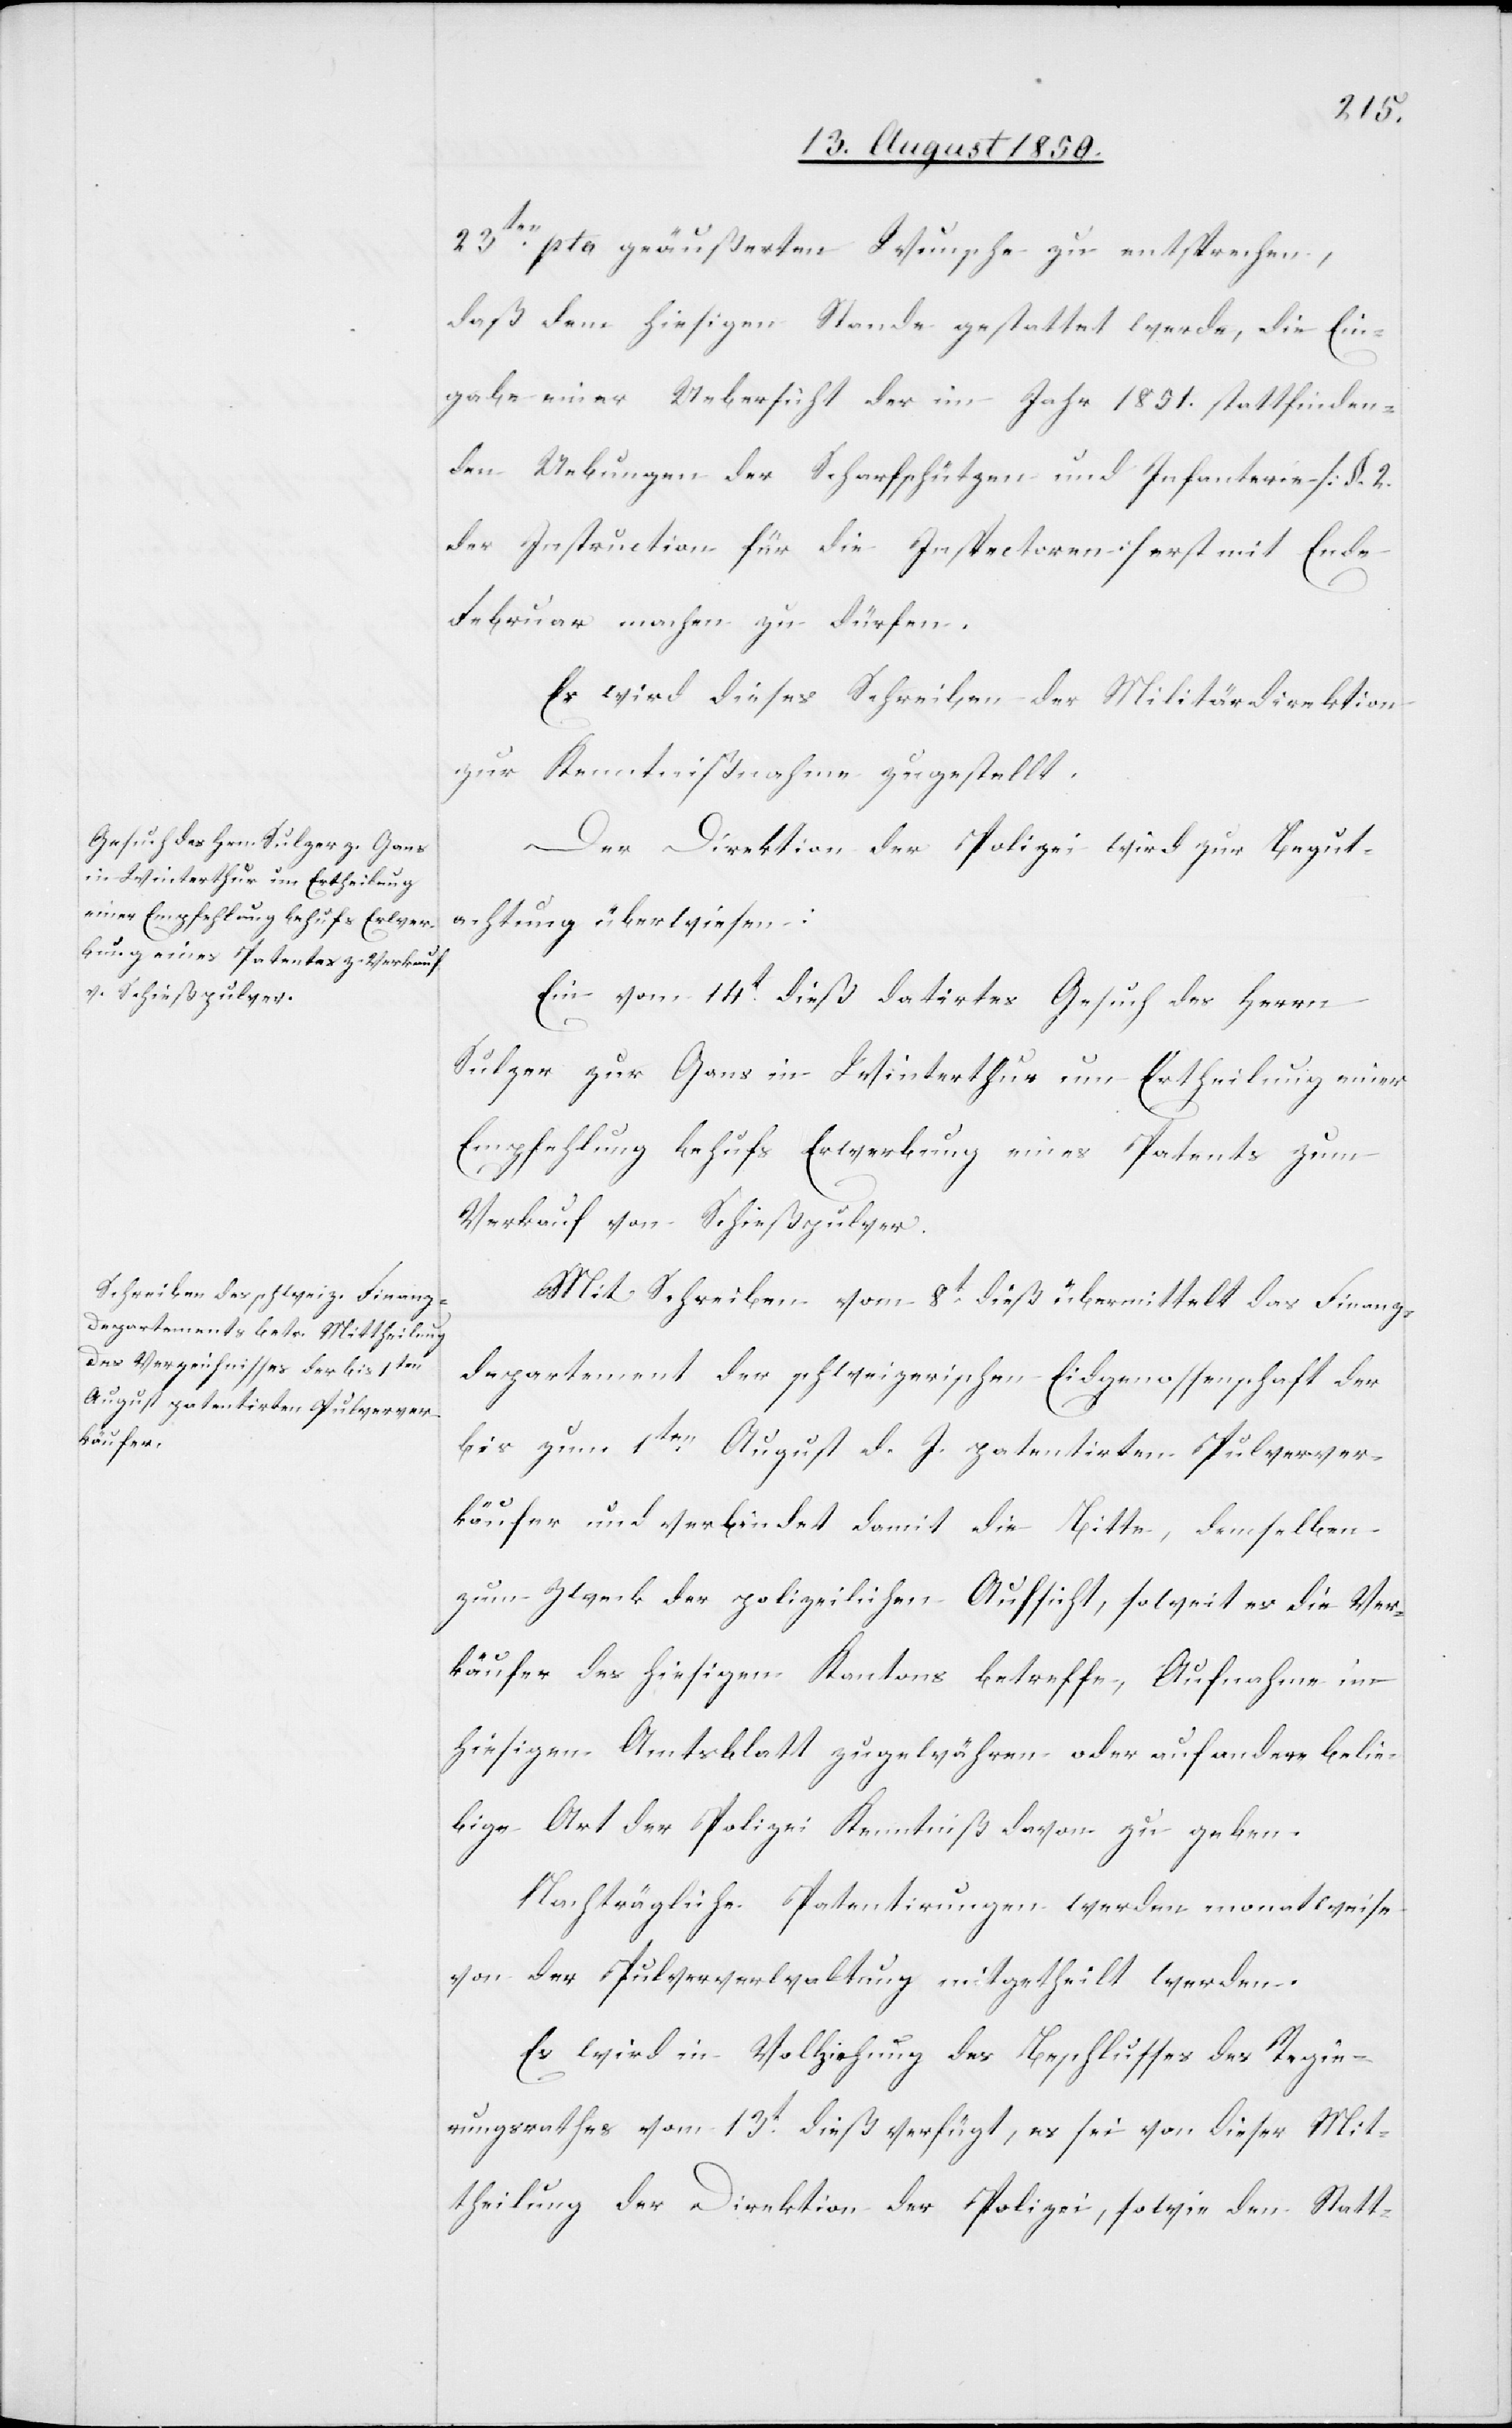
23ten pto geäußerten Wunsche zu
daß dem hiesigen Stande gestattet
den
der
gabe einer Uebersicht der im Jahr
nden¬
den Uebungen der Scharfschützen und In¬
fanterie
der Instruction für die Inspectoren] erst mit Ende
Februar machen zu dürfen.
Es wird dieses Schreiben der Militärdirektion
zur Kenntnißnahme zugestellt.
Der Direktion der Polizei wird zur Begut¬
achtung überwiesen:
Ein vom 14t dieß datirtes Gesuch des Herrn
Sulzer zur Gans in Winterthur um Ertheilung einer
Empfehlung behufs Erwerbung eines Patents zum
Verkauf von Schießpulver.
Mit Schreiben vom 8t dieß übermittelt das Finanz¬
departement der schweizerischen Eidgenossenschaft [das
bis zum 1ten August d. J. patentirten Pulverver¬
käufer und verbindet damit die Bitte, demselben
zum Zweck der polizeilichen Aufsicht, soweit es die Ver¬
käufer des hiesigen Kantons betreffe, Aufnahme im
hiesigen Amtsblatt zu gewähren oder auf andere belie¬
bige Art der Polizei Kenntniß davon zu geben.
Nachträgliche Patentirungen werden monatweise
von der Pulververwaltung mitgetheilt werden.
Es wird in Vollziehung des Beschlusses des Regie¬
rungsrathes vom 13t dieß verfügt, es sei von dieser Mit¬
theilung der Direktion der Polizei, sowie den Statt-